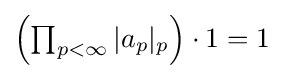
\textstyle \left(\prod _{p<\infty }|a_{p}|_{p}\right)\cdot 1=1